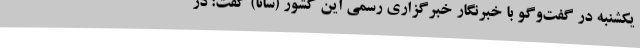
یکشنبه در گفت‌وگو با خبرنگار خبرگزاری رسمی این کشور (سانا) گفت: در